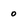
Character: 0